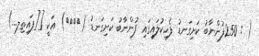
( : 250ފުންނާބު ކަށިގަނޑު ފެހިކުލައިގައި ފުންނާބު ކަށިގަނޑު ({{}}) އަކީ [[ފައިތިލ...)